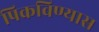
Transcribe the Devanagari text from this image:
पिकविण्यास